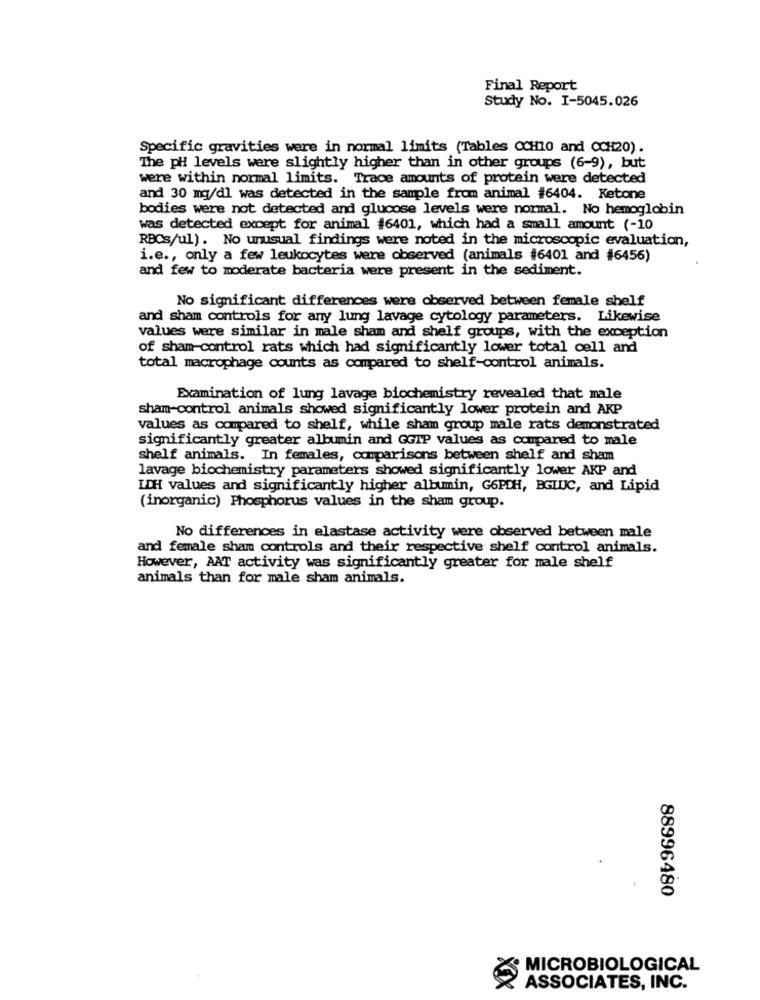
Final Report
Study No. I-5045.026
Specific gravities were in normal limits (Tables ccino and CCH20).
The pH levels were slightly higher than in other groups (6-9), but
were within normal limits. Trace amounts of protein were detected
and 30 mg/dl was detected in the sample from animal #6404. Ketone
bodies were not detected and glucose levels were normal. No hemoglobin
was detected except for animal #6401, which had a small amount (-10
RBCs/ul). No unusual findings were noted in the microscopic evaluation,
i.e ., only a few leukocytes were observed (animals #6401 and #6456)
and few to moderate bacteria were present in the sediment.
No significant differences were observed between female shelf
and sham controls for any lung lavage cytology parameters. Likewise
values were similar in male sham and shelf groups, with the exception
of sham-control rats which had significantly lower total cell and
total macrophage counts as compared to shelf-control animals.
Examination of lung lavage biochemistry revealed that male
sham-control animals showed significantly lower protein and AKP
values as compared to shelf, while sham group male rats demonstrated
significantly greater albumin and GGIP values as compared to male
shelf animals. In females, comparisons between shelf and sham
lavage biochemistry parameters showed significantly lower AKP and
IDH values and significantly higher albumin, G6PDH, BGLUC, and Lipid
(inorganic) Phosphorus values in the sham group.
No differences in elastase activity were observed between male
and female sham controls and their respective shelf control animals.
However, AAT activity was significantly greater for male shelf
animals than for male sham animals.
88996480
MICROBIOLOGICAL
ASSOCIATES, INC.
XX